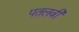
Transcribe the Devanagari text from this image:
पतलवी